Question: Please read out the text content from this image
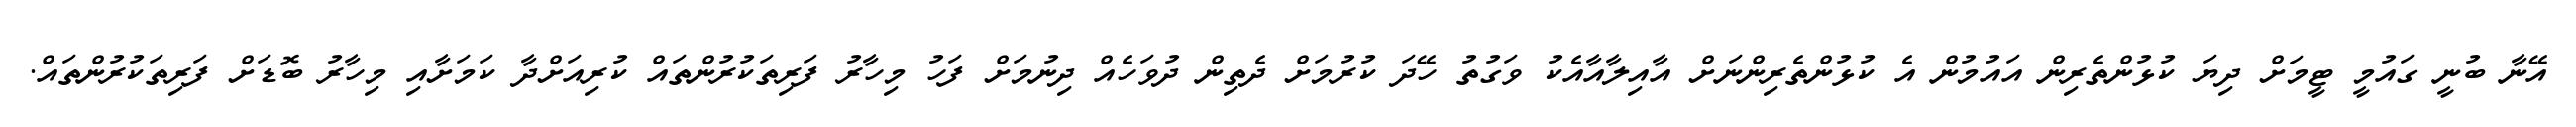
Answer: އޭނާ ބުނީ ގައުމީ ޓީމަށް ދިޔަ ކުޅުންތެރިން އައުމުން އެ ކުޅުންތެރިންނަށް އާއިލާއާއެކު ވަގުތު ހޭދަ ކުރުމަށް ދެތިން ދުވަހެއް ދިނުމަށް ފަހު މިހާރު ފަރިތަކުރުންތައް ކުރިއަށްދާ ކަމަށާއި މިހާރު ބޮޑަށް ފަރިތަކުރުންތައް.